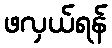
ဖလှယ်ရန်